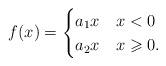
LaTeX: \begin{align*}f(x)=\begin{cases} a_1x & x < 0\\ a_2 x & x \geqslant 0.\end{cases}\end{align*}